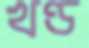
খণ্ড